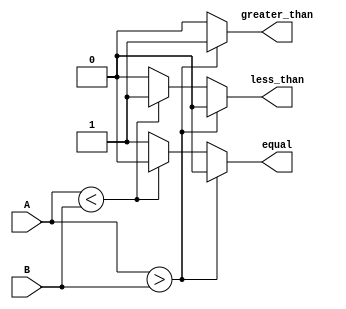
module unsigned_comparator (
    input [31:0] A,
    input [31:0] B,
    output reg greater_than,
    output reg less_than,
    output reg equal
);

always @(*) begin
    if (A > B) begin
        greater_than = 1;
        less_than = 0;
        equal = 0;
    end
    else if (A < B) begin
        greater_than = 0;
        less_than = 1;
        equal = 0;
    end
    else begin
        greater_than = 0;
        less_than = 0;
        equal = 1;
    end
end

endmodule